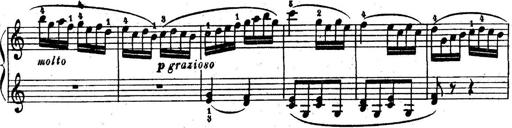
Title: 6 Piano Sonatinas
Composer: Cornelius Gurlitt